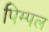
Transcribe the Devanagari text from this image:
पिम्पल